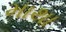
માથા